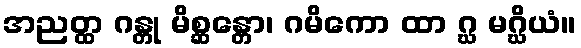
အညတ္ထ ဂန္တု မိစ္ဆန္တော၊ ဂမိကော ထာ ဂ္ဃ မဂ္ဃိယံ။